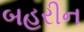
બહરીન